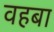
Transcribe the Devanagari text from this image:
वहबा